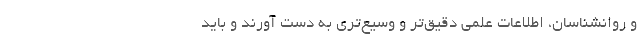
و روانشناسان، اطلاعات علمی دقیق‌تر و وسیع‌تری به دست آورند و باید